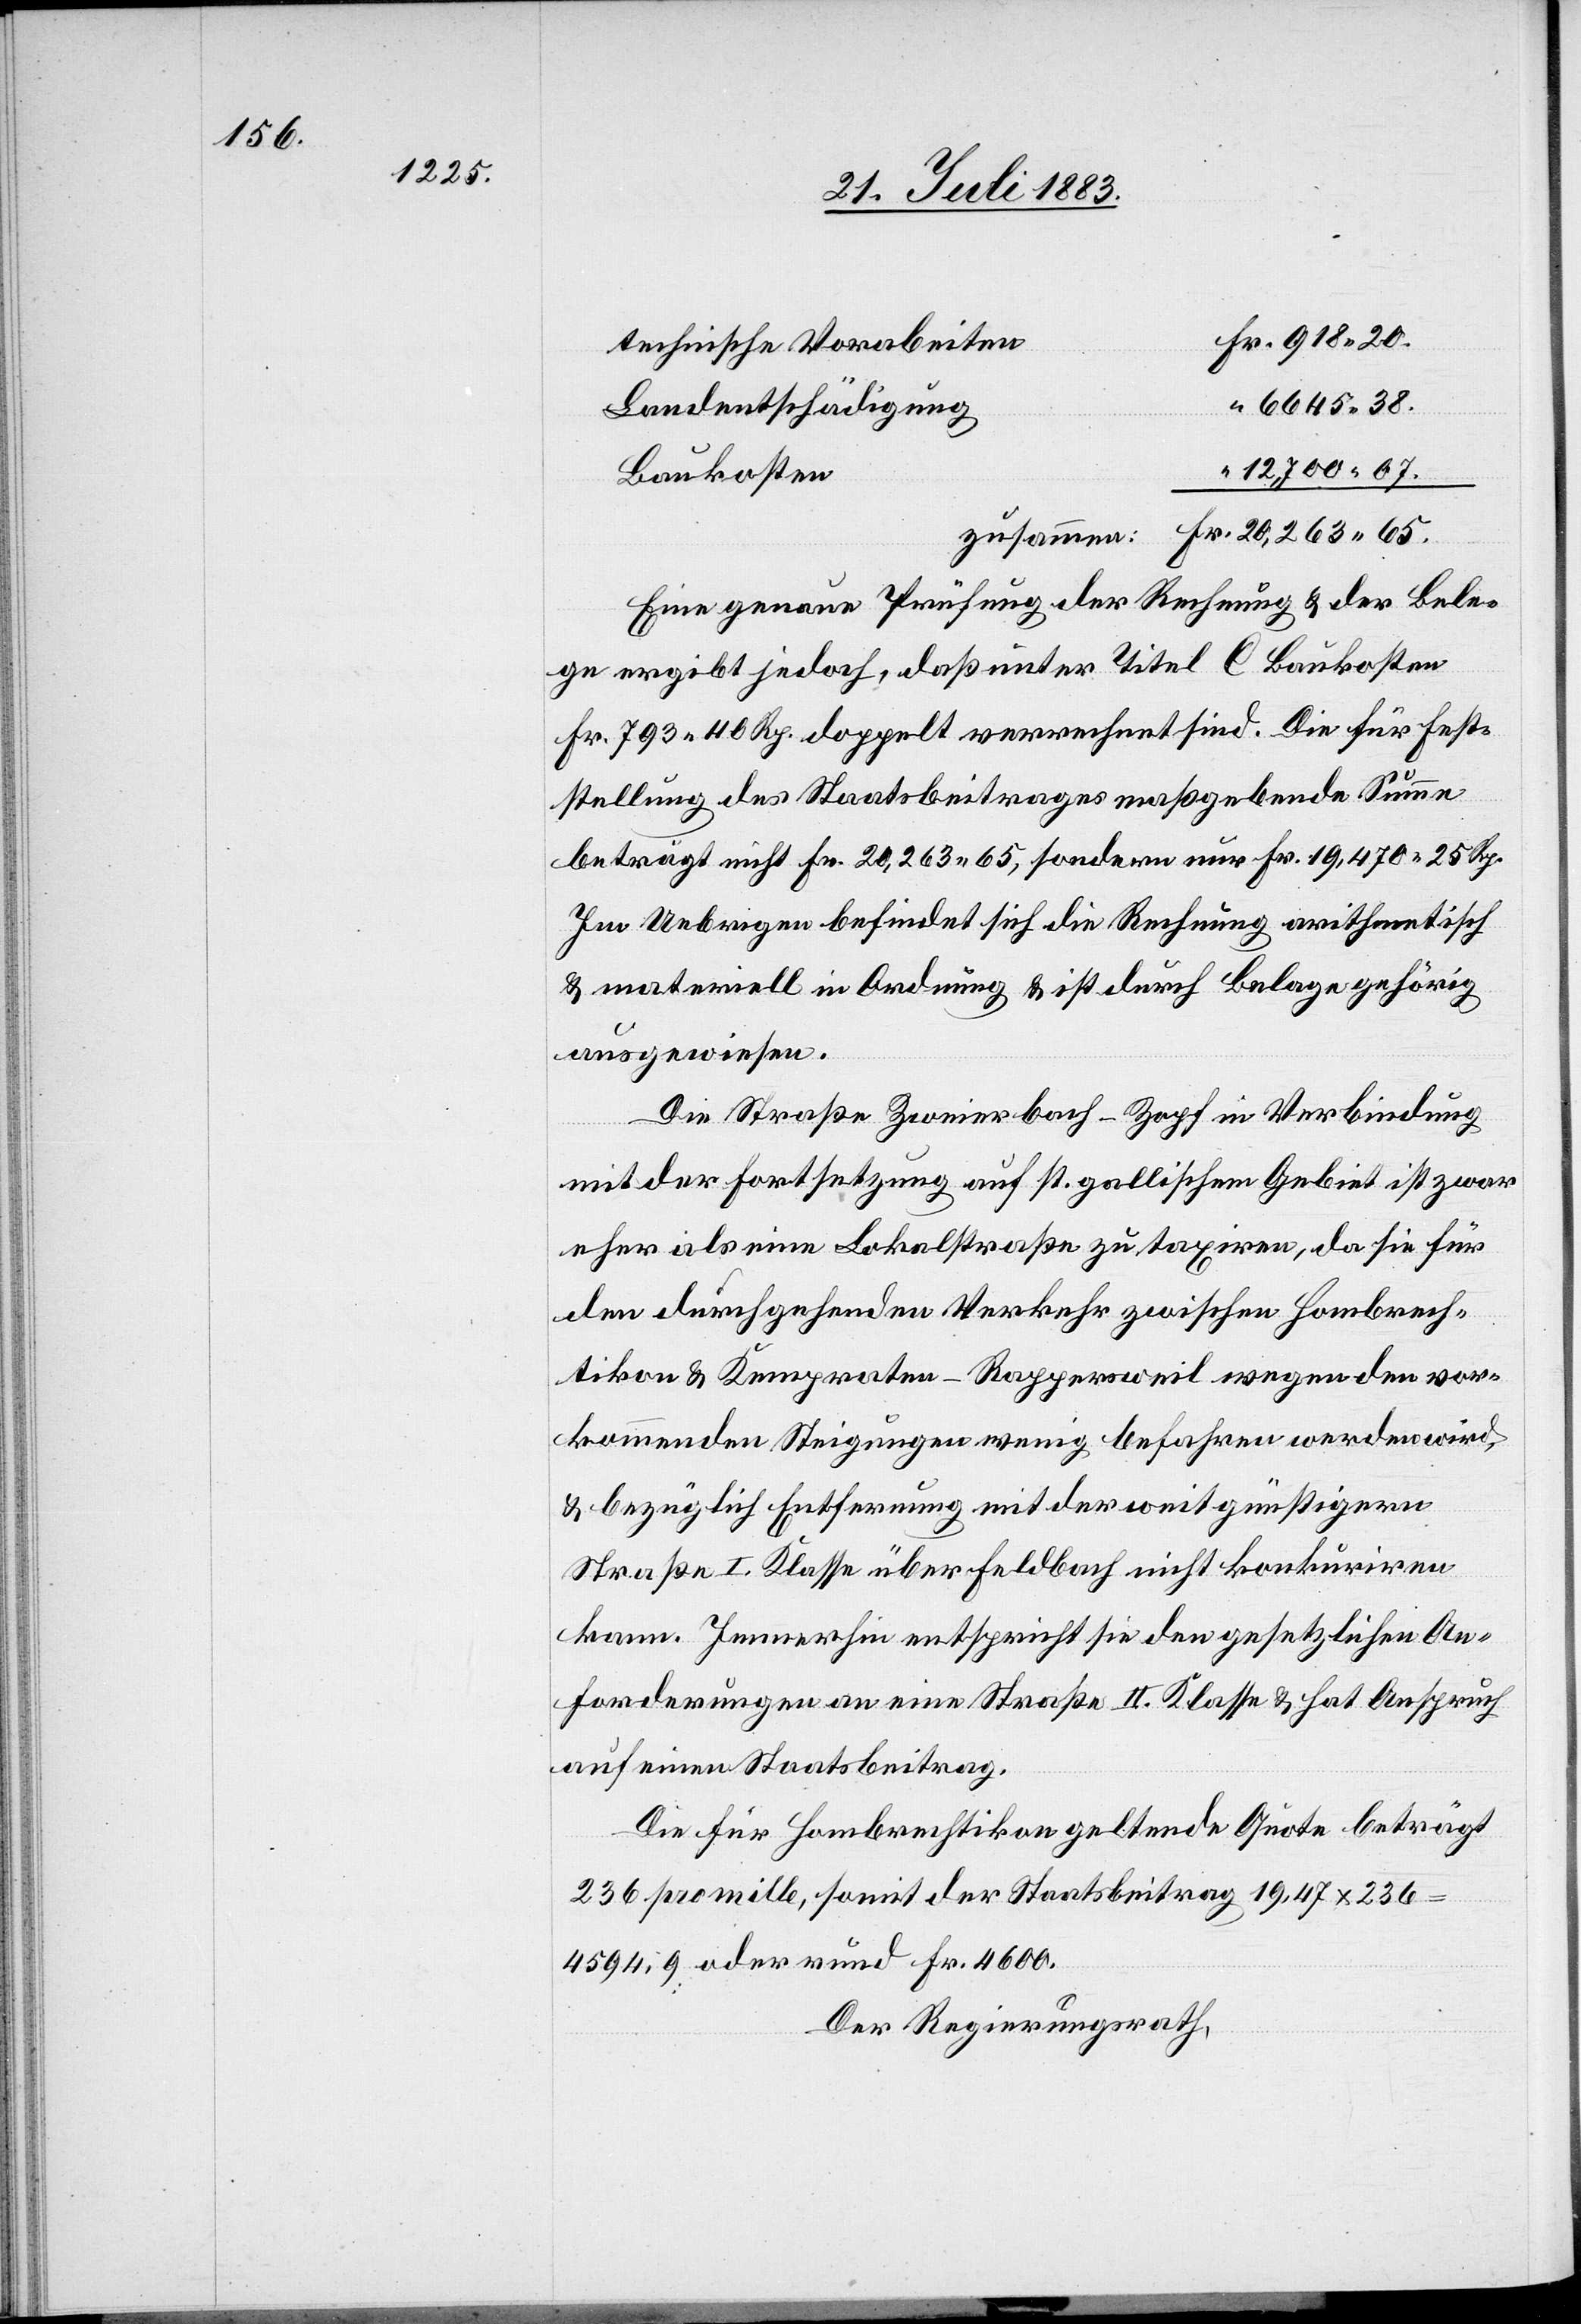
technische Vorarbeiten
Landentschädigung
Baukosten
Eine genaue Prüfung der Rechnung & der Bele¬
ge ergibt jedoch, daß unter Titel C Baukosten
Fr. 793 40 Rp. doppelt verrechnet sind. Die für Fest¬
stellung des Staatsbeitrages maßgebende Summe
beträgt nicht Fr. 20,263 65, sondern nur Fr. 19,470 25 Rp.
Im Uebrigen befindet sich die Rechnung arithmetisch
& materiell in Ordnung & ist durch Belege gehörig
ausgewiesen.
Die Straße Zweierbach–Zopf in Verbindung
mit der Fortsetzung auf st. gallischem Gebiet ist zwar
eher als eine Lokalstraße zu taxiren, da sie für
den durchgehenden Verkehr zwischen Hombrech¬
tikon & Kempraten–Rappersweil wegen den vor¬
kommenden Steigungen wenig befahren werden wird,
& bezüglich Entfernung mit der weit günstigern
Straße I. Klasse über Feldbach nicht konkurriren
kann. Immerhin entspricht sie den gesetzlichen An¬
forderungen an eine Straße II. Klasse & hat Anspruch
auf einen Staatsbeitrag.
Die für Hombrechtikon geltende Quote beträgt
236 pro mille, somit der Staatsbeitrag 19,47 x 236
4594,9 oder rund Fr. 4600.
Der Regierungsrath,